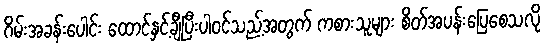
ဂိမ်းအခန်းပေါင်း ထောင်နှင့်ချီပြီးပါဝင်သည့်အတွက် ကစားသူများ စိတ်အပန်းပြေစေသလို